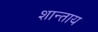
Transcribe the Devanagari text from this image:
शान्ताय